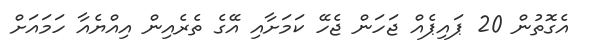
އެގޮތުން 20 ޕައިޕެއް ޖަހަން ޖެހޭ ކަމަށާއި އޭގެ ތެރެއިން އިއްޔެއާ ހަމައަށް